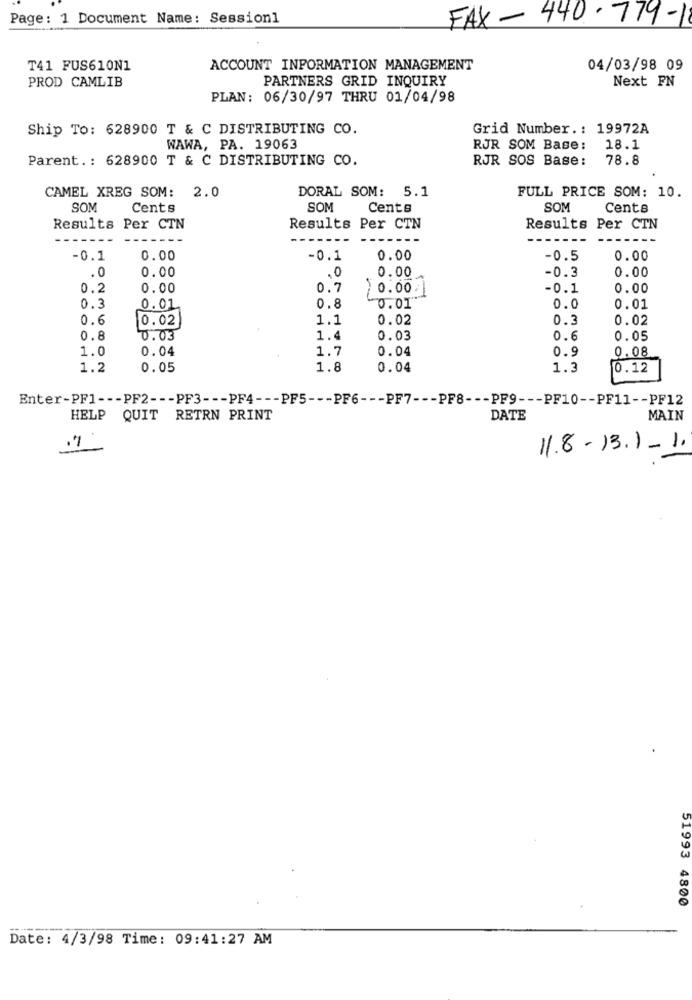
Page: 1 Document Name: Session1
FAX - 440 - 779-1
T41 FUS610N1
ACCOUNT INFORMATION MANAGEMENT
04/03/98 09
PROD CAMLIB
PARTNERS GRID INQUIRY
Next FN
PLAN: 06/30/97 THRU 01/04/98
Ship To: 628900 T & C DISTRIBUTING CO.
Grid Number .: 19972A
WAWA, PA. 19063
RJR SOM Base:
18.1
Parent .: 628900 T & C DISTRIBUTING CO.
RJR SOS Base:
78.8
DORAL SOM: 5.1
CAMEL XREG SOM: 2.0
FULL PRICE SOM: 10.
SOM
Cents
SOM
Cents
SOM
Cents
Results Per CTN
Results Per CTN
Results Per CTN
----
---
---
---
-0.1
0.00
-0.1
0.00
-0.5
0.00
.0
0.00
0.00
-0.3
0.00
0.2
0.00
0.7
0.00/
-0.1
0.00
0.3
0.01
0.8
0.01
0.0
0.01
0.6
10.02
1.1
0.02
0.3
0.02
0.8
0.03
1.4
0.03
0.6
0.05
1.0
0.04
1.7
0.04
0.9
0.08
1.2
0.05
1.8
0.04
1.3
0.12
Enter-PF1 --- PF2 --- PF3 --- PF4 --- PF5 --- PF6 --- PF7 --- PF8 --- PF9 --- PF10 -- PF11 -- PF12
HELP QUIT RETRN PRINT
DATE
MAIN
11.8-13.1-1.
51993 4800
Date: 4/3/98 Time: 09:41:27 AM